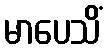
မာပေသိံ